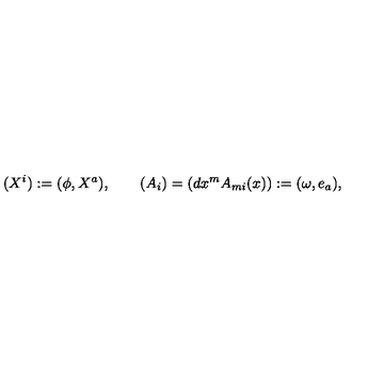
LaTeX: ( X ^ { i } ) : = ( \phi , X ^ { a } ) , \qquad ( A _ { i } ) = ( d x ^ { m } A _ { m i } ( x ) ) : = ( \omega , e _ { a } ) ,